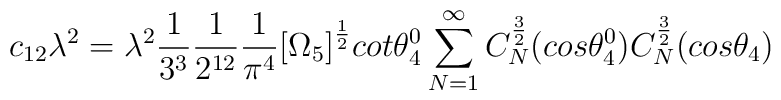
c_{12}\lambda^2 = \lambda^2\frac{1}{3^3}\frac{1}{2^{12}}\frac{1}{\pi^4}\big{[}\Omega_5\big{]}^{\frac{1}{2}}cot{\theta_4^0}\sum_{N=1}^{\infty}C_N^{\frac{3}{2}}(cos{\theta_4^0})C_N^{\frac{3}{2}}(cos{\theta_4})